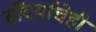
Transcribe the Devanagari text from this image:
सौंदर्याचेही